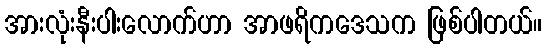
အားလုံးနီးပါးလောက်ဟာ အာဖရိကဒေသက ဖြစ်ပါတယ်။